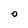
Character: 0